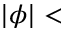
\vert \phi \vert <